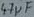
Text: 47µf